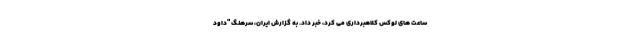
ساعت های لوکس کلاهبرداری می کرد، خبر داد. به گزارش ایران، سرهنگ "داود